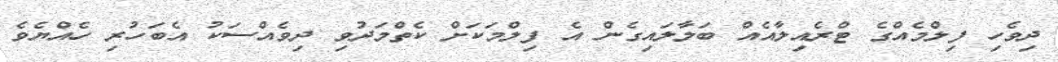
ދިވެހި ފިލްމެއްގެ ޓްރެއިލާއެއް ބަލާލައިގެން އެ ފިލްމަކަށް ކެތްމަދުވި ދިވެއްސަކު އެބަހުރި ހެއްޔެވެ